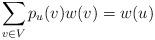
LaTeX: \begin{align*} \sum_{v \in V} p_u(v) w(v) = w(u) \end{align*}